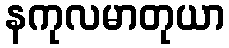
နကုလမာတုယာ